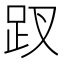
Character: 䟕